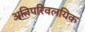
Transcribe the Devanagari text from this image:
अतिपरिवलयिक